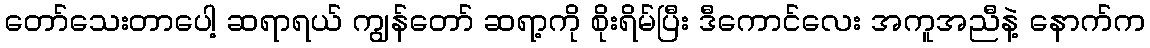
တော်သေးတာပေါ့ ဆရာရယ် ကျွန်တော် ဆရာ့ကို စိုးရိမ်ပြီး ဒီကောင်လေး အကူအညီနဲ့ နောက်က